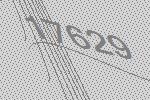
17629